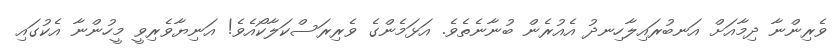
ވެރިންނާ ދިމާއަށް އަނބުރައިލާހިނދު އެއުރެން ބުނާނެތެވެ. އަޅަމެންގެ ވެރިރަސްކަލާކޯއެވެ! އަނިޔާވެރިވީ މީހުންނާ އެކުގައި